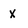
Character: X